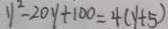
y ^ { 2 } - 2 0 y + 1 0 0 = 4 ( y + 5 )